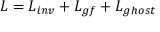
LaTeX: { \cal L } = { \cal L } _ { i n v } + { \cal L } _ { g f } + { \cal L } _ { g h o s t }